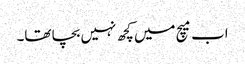
اب میچ میں کچھ نہیں بچا تھا۔